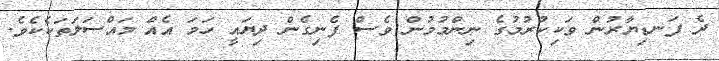
ދެ ފަނޑިޔާރުން ވަކިކުރުމުގެ ނިންމުމުން ވެސް ފެނިގެން ދިޔައީ ހަމަ އެއް މައްސަލަތަކެކެވެ.